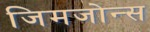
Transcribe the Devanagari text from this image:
जिमजोन्स